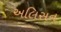
અલિસન